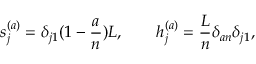
s _ { j } ^ { ( a ) } = \delta _ { j 1 } ( 1 - { \frac { a } { n } } ) L , \qquad h _ { j } ^ { ( a ) } = { \frac { L } { n } } \delta _ { a n } \delta _ { j 1 } ,